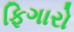
ફિગારો